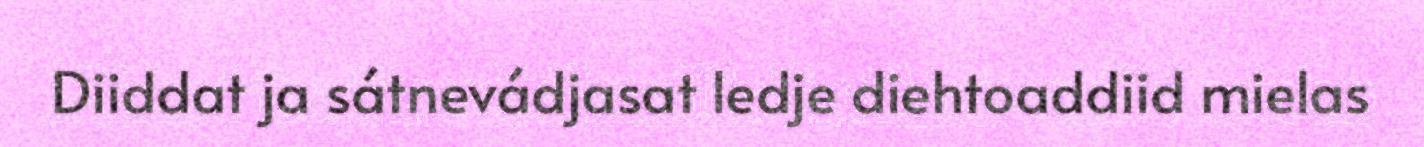
Diiddat ja sátnevádjasat ledje diehtoaddiid mielas